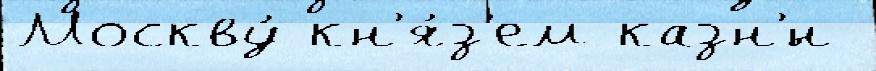
Москву́ кн'я́з'ем казн'́н